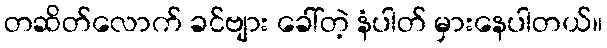
တဆိတ်လောက် ခင်ဗျား ခေါ်တဲ့ နံပါတ် မှားနေပါတယ်။